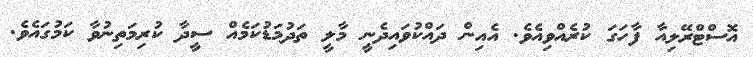
އޮސްޓްރޭލިއާ ފާހަގަ ކުރެއްވިއެވެ. އެއިން ދައްކުވައިދެނީ މާލީ ތަދުމަޑުކަމެއް ސީދާ ކުރިމަތިނުވާ ކަމުގައެވެ.